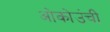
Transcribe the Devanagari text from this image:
ओकोउंची